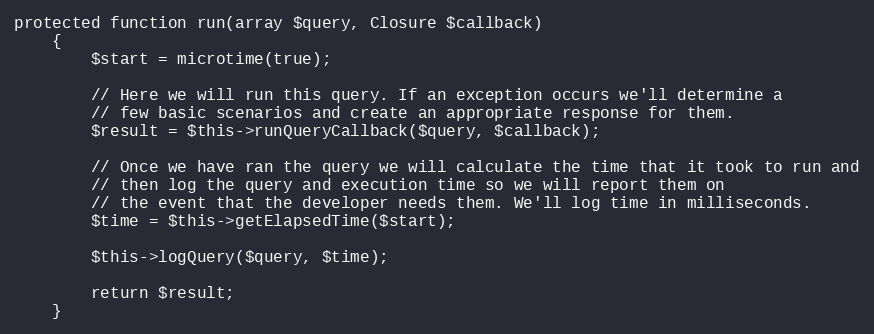
Language: PHP
protected function run(array $query, Closure $callback)
    {
        $start = microtime(true);

        // Here we will run this query. If an exception occurs we'll determine a
        // few basic scenarios and create an appropriate response for them.
        $result = $this->runQueryCallback($query, $callback);

        // Once we have ran the query we will calculate the time that it took to run and
        // then log the query and execution time so we will report them on
        // the event that the developer needs them. We'll log time in milliseconds.
        $time = $this->getElapsedTime($start);

        $this->logQuery($query, $time);

        return $result;
    }